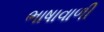
ભાષાવાળી